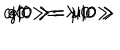
c \vert 0 > = \lambda \vert 0 > \hspace { 1 c m } e \vert 0 > = \mu \vert 0 > \hspace { 1 c m } g \vert 0 > = \nu \vert 0 >